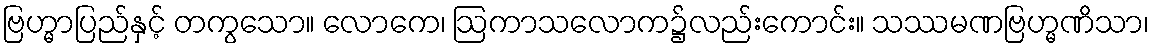
ဗြဟ္မာပြည်နှင့် တကွသော။ လောကေ၊ ဩကာသလောက၌လည်းကောင်း။ သဿမဏဗြဟ္မဏိသာ၊